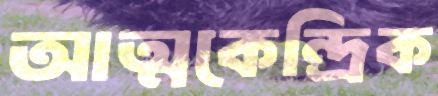
আত্মকেন্দ্রিক